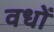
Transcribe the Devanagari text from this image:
वधों